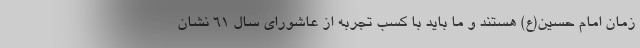
زمان امام حسین(ع) هستند و ما باید با کسب تجربه از عاشورای سال ۶۱ نشان